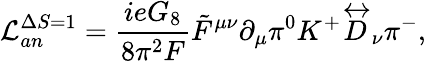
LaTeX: \mathcal{L}_{an}^{\Delta S=1}=\frac{ieG_{8}}{8\pi^{2}F}\tilde{F}^{\mu\nu}\partial_{\mu}\pi^{0}K^{+}\stackrel{\leftrightarrow}{D}_{\nu}\pi^{-},